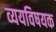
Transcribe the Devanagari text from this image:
व्ययविषयक